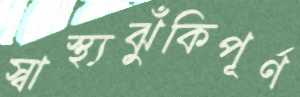
স্বাস্থ্যঝুঁকিপূর্ণ